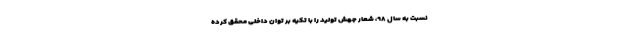
نسبت به سال ۹۸، شعار جهش تولید را با تکیه بر توان داخلی محقق کرده